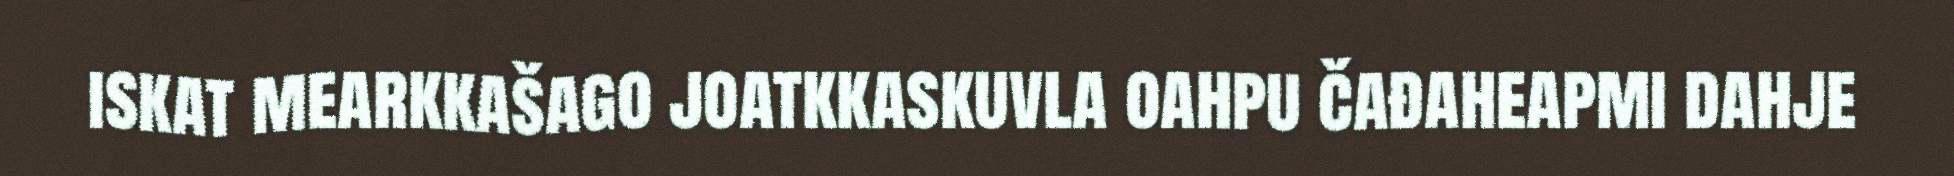
iskat mearkkašago joatkkaskuvla oahpu čađaheapmi dahje